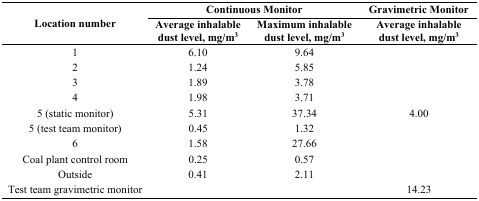
<table><thead><tr><td rowspan="2"><b>Location number</b></td><td colspan="2"><b>Continuous Monitor</b></td><td><b>Gravimetric Monitor</b></td></tr><tr><td><b>Average inhalable dust level, mg/m<sup>3</sup></b></td><td><b>Maximum inhalable dust level, mg/m<sup>3</sup></b></td><td><b>Average inhalable dust level, mg/m<sup>3</sup></b></td></tr></thead><tbody><tr><td>1</td><td>6.10</td><td>9.64</td><td></td></tr><tr><td>2</td><td>1.24</td><td>5.85</td><td></td></tr><tr><td>3</td><td>1.89</td><td>3.78</td><td></td></tr><tr><td>4</td><td>1.98</td><td>3.71</td><td></td></tr><tr><td>5 (static monitor)</td><td>5.31</td><td>37.34</td><td>4.00</td></tr><tr><td>5 (test team monitor)</td><td>0.45</td><td>1.32</td><td></td></tr><tr><td>6</td><td>1.58</td><td>27.66</td><td></td></tr><tr><td>Coal plant control room</td><td>0.25</td><td>0.57</td><td></td></tr><tr><td>Outside </td><td>0.41</td><td>2.11</td><td></td></tr><tr><td>Test team gravimetric monitor</td><td></td><td></td><td>14.23</td></tr></tbody></table>